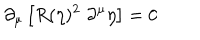
\partial _ { \mu } \left[ R ( \eta ) ^ { 2 } \; \partial ^ { \mu } \eta \right] = 0